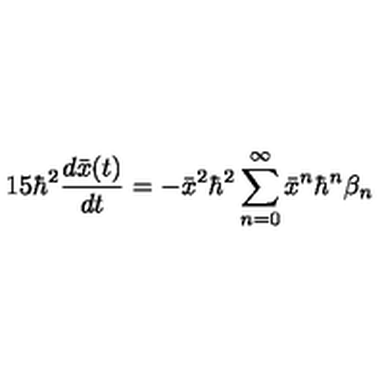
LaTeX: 1 5 \hbar ^ { 2 } \frac { d \bar { x } ( t ) } { d t } = - \bar { x } ^ { 2 } \hbar ^ { 2 } \sum _ { n = 0 } ^ { \infty } \bar { x } ^ { n } \hbar ^ { n } \beta _ { n }